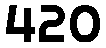
420